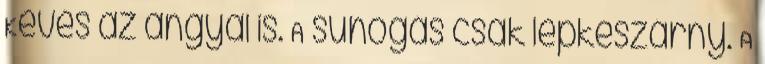
Kevés az angyal is. A suhogás csak lepkeszárny. A